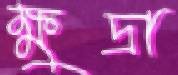
ক্ষুদ্রা